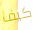
كيف